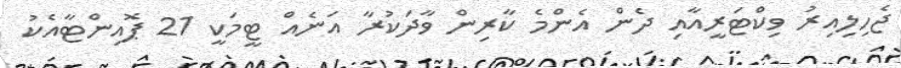
ޖެހިލިއިރު ވިކްޓަރީއާއި ދެން އެންމެ ކާރިން ވާދަކުރާ އަނެއް ޓީމަކީ 21 ޕޮއިންޓާއެކު